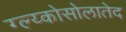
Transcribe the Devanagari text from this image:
ग्ल्य्कोसोलातेद